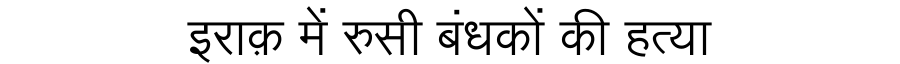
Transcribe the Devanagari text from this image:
इराक़ में रुसी बंधकों की हत्या